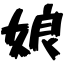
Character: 娘